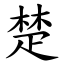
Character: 楚